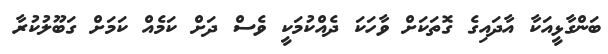
ބަންގާޅީއަކާ އާދައިގެ ގޮތަކަށް ވާހަކަ ދެއްކުމަކީ ވެސް ދަށް ކަމެއް ކަމަށް ގަބޫލުކުރާ